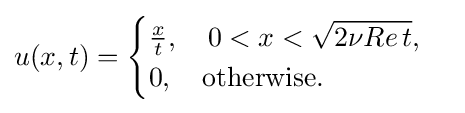
u(x,t)={\begin{cases}{\frac {x}{t}},\quad 0<x<{\sqrt {2\nu Re\,t}},\\0,\quad {\text{otherwise}}.\end{cases}}